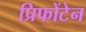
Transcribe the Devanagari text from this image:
प्रिफोंटेन